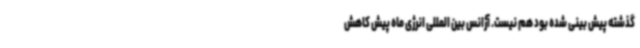
گذشته پیش بینی شده بود هم نیست. آژانس بین المللی انرژی ماه پیش کاهش